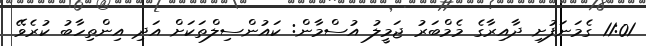
11:01 ގެމަނަފުށި ދާއިރާގެ މެމްބަރު ޖަމީލު އުސްމާން: ކައުންސިލްތަކަށް އަދި އިންތިހާބު ކުރެވޭ